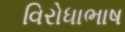
વિરોધાભાષ